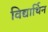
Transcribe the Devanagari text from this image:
विद्यार्थिन